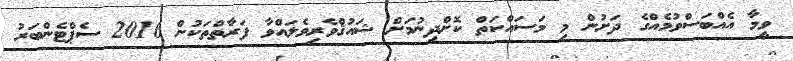
ވީމާ އެއްބަސްވުމެއްގެ ދަށުން މި މަސައްކަތް ކޮށްދިނުމަށް ޝައުޤްވެރިވެލައްވާ ފަރާތްތަކުން 2016 ސެޕްޓެންބަރު